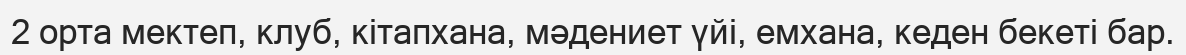
2 орта мектеп, клуб, кітапхана, мәдениет үйі, емхана, кеден бекеті бар.